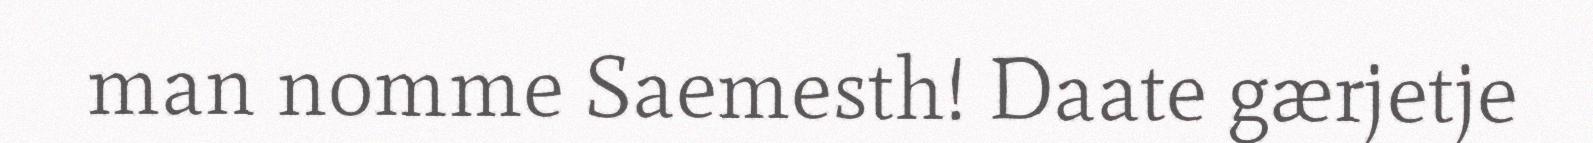
man nomme Saemesth! Daate gærjetje